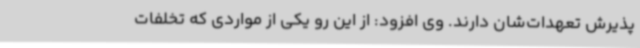
پذیرش تعهدات‌شان دارند. وی افزود: از این رو یکی از مواردی که تخلفات